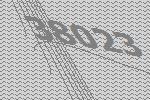
38023